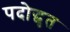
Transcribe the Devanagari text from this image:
पदोद्धृत